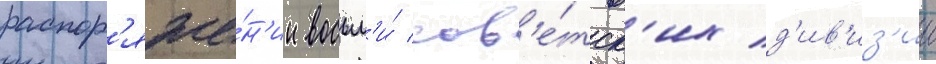
распор'яже́н'ии восьм'и́ сов'е́тск'их д'ив'из'ии